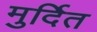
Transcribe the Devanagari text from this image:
मुर्दित